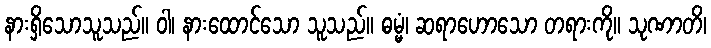
နားရှိသောသူသည်။ ဝါ၊ နားထောင်သော သူသည်။ ဓမ္မံ၊ ဆရာဟောသော တရားကို။ သုဏာတိ၊